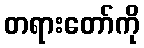
တရားတော်ကို